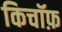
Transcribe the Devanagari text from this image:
किचॉफ़